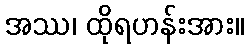
အဿ၊ ထိုရဟန်းအား။